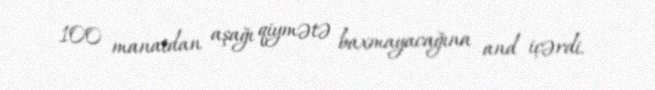
100 manatdan aşağı qiymətə baxmayacağına and içərdi.